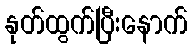
နုတ်ထွက်ပြီးနောက်